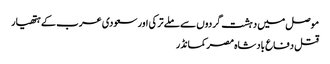
موصل میں دہشت گردوں سے ملے ترکی اور سعودی عرب کے ہتھیار
قتل دفاع بادشاہ مصر کمانڈر